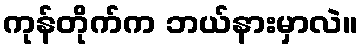
ကုန်တိုက်က ဘယ်နားမှာလဲ။